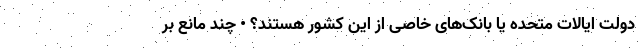
دولت ایالات متحده یا بانک‌های خاصی از این کشور هستند؟ • چند مانع بر